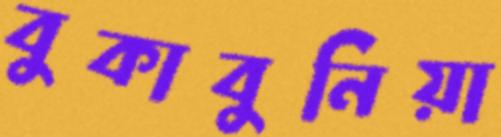
বুকাবুনিয়া